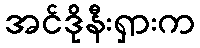
အင်ဒိုနီးရှားက